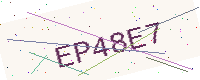
Text: EP48E7